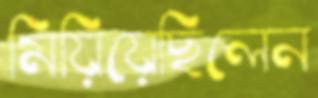
মিয়িয়েছিলেন